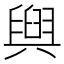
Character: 𮍰